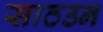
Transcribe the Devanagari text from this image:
साठउन